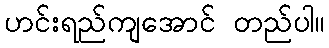
ဟင်းရည်ကျအောင် တည်ပါ။